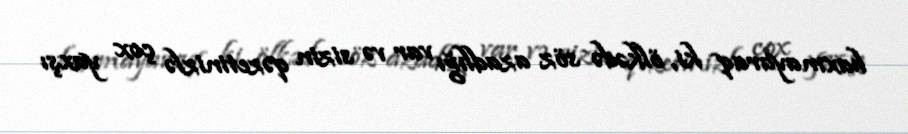
baxmayaraq ki, ölkədə söz azadlığı var və sizin qəzetinizlə çox yaxşı